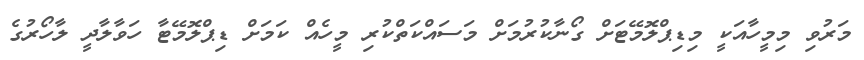
މަރުވި މިމީހާއަކީ މިޑިޕްލޮމޭޓަށް ގޯނާކުރުމަށް މަސައްކަތްކުރި މީހެއް ކަމަށް ޑިޕްލޮމޭޓާ ހަވާލާދީ ލާހޯރުގެ